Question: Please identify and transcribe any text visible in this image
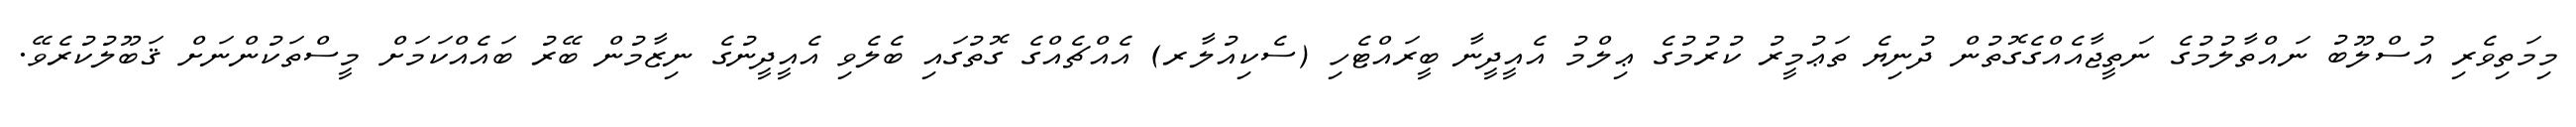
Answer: މިމަތިވެރި އުސްލޫބު ނައްތާލުމުގެ ނަތީޖާއެއްގެގޮތުން ދުނިޔެ ތަޢުމީރު ކުރުމުގެ ޢިލްމު އެއީދީނާ ބީރައްޓެހި (ސެކިއުލާރ) އެއްޗެއްގެ ގޮތުގައި ބެލެވި އެއީދީނުގެ ނިޒާމުން ބޭރު ބައެއްކަމަށް މީސްތަކުންނަށް ޤަބޫލުކުރެވޭ.